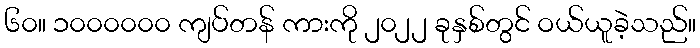
၆၀။ ၁၀၀၀၀၀၀ ကျပ်တန် ကားကို ၂၀၂၂ ခုနှစ်တွင် ဝယ်ယူခဲ့သည်။